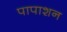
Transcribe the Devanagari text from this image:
पापाशन